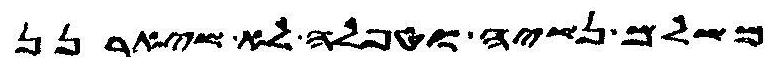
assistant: משלם נשיה וטפלה לא שיארנן